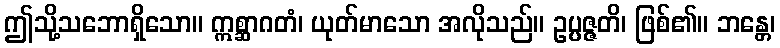
ဤသို့သဘောရှိသော။ ဣစ္ဆာဂတံ၊ ယုတ်မာသော အလိုသည်။ ဥပ္ပဇ္ဇတိ၊ ဖြစ်၏။ ဘန္တေ၊